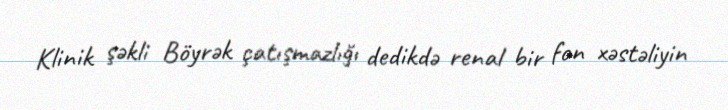
Klinik şəkli Böyrək çatışmazlığı dedikdə renal bir fon xəstəliyin